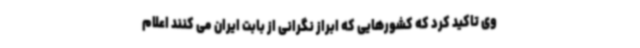
وی تاکید کرد که کشورهایی که ابراز نگرانی از بابت ایران می کنند اعلام